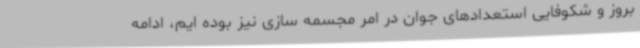
بروز و شکوفایی استعدادهای جوان در امر مجسمه سازی نیز بوده ایم، ادامه